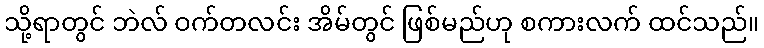
သို့ရာတွင် ဘဲလ် ဝက်တလင်း အိမ်တွင် ဖြစ်မည်ဟု စကားလက် ထင်သည်။